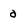
Character: a